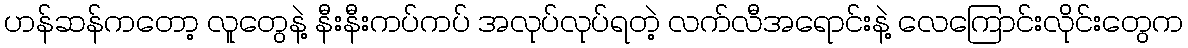
ဟန်ဆန်ကတော့ လူတွေနဲ့ နီးနီးကပ်ကပ် အလုပ်လုပ်ရတဲ့ လက်လီအရောင်းနဲ့ လေကြောင်းလိုင်းတွေက